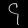
Digit: ၄